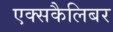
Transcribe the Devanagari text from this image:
एक्सकैलिबर